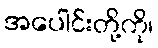
အပေါင်းတို့ကို၊